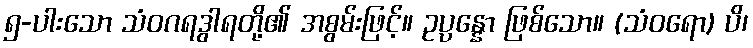
၅-ပါးသော သံဝဂရဒွါရတို့၏ အစွမ်းဖြင့်။ ဥပ္ပန္နော ဖြစ်သော။ (သံဝရော) ပိ၊